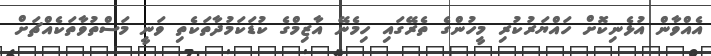
އެއްވާން އުޅެނިކޮށް ހައްޔަރުކުރި މީހުންގެ ތެރޭގައި ހިމެނޭ އާޒިމްގެ ކުޑަކަމުދާތަކެތި ވަނީ މަސްތުވާތަކެއްޗަށް